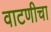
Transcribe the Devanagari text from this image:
वाटणीचा